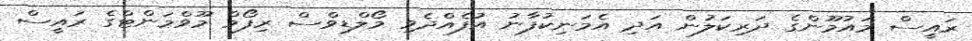
ރައީސް މައުމޫންގެ ދަރިކަލުން އަދި އެމަނިކުފާނު އުފެއްދެވި މޯލްޑިވްސް ރިފޯމް މޫވްމަންޓްގެ ރައީސް